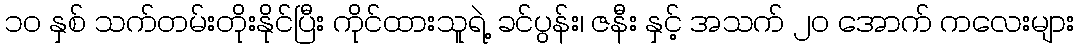
၁၀ နှစ် သက်တမ်းတိုးနိုင်ပြီး ကိုင်ထားသူရဲ့ ခင်ပွန်း၊ ဇနီး နှင့် အသက် ၂၀ အောက် ကလေးများ